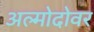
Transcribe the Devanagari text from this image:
अल्मोदोवर